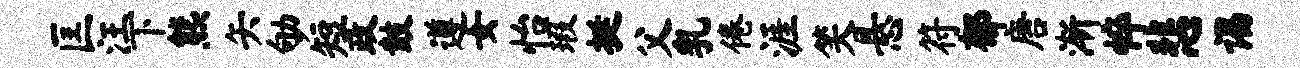
匡汪下熊矢劬短政鼓遵女怡瑕挺父乳倦涯笑悬符郁唐渐悴悲谒